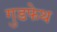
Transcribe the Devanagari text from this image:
गुडफेथ